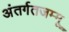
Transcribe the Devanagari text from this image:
अंतर्गतजम्मू